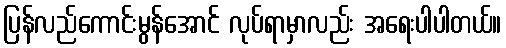
ပြန်လည်ကောင်းမွန်အောင် လုပ်ရာမှာလည်း အရေးပါပါတယ်။